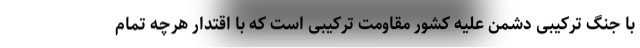
با جنگ ترکیبی دشمن علیه کشور مقاومت ترکیبی است که با اقتدار هرچه تمام